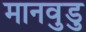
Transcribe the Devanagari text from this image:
मानवुडु